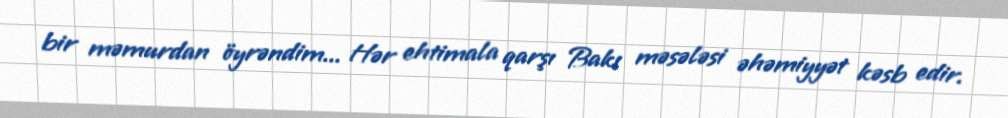
bir məmurdan öyrəndim... Hər ehtimala qarşı Bakı məsələsi əhəmiyyət kəsb edir.